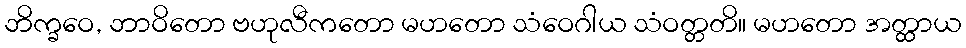
ဘိက္ခဝေ, ဘာဝိတော ဗဟုလီကတော မဟတော သံဝေဂါယ သံဝတ္တတိ။ မဟတော အတ္ထာယ